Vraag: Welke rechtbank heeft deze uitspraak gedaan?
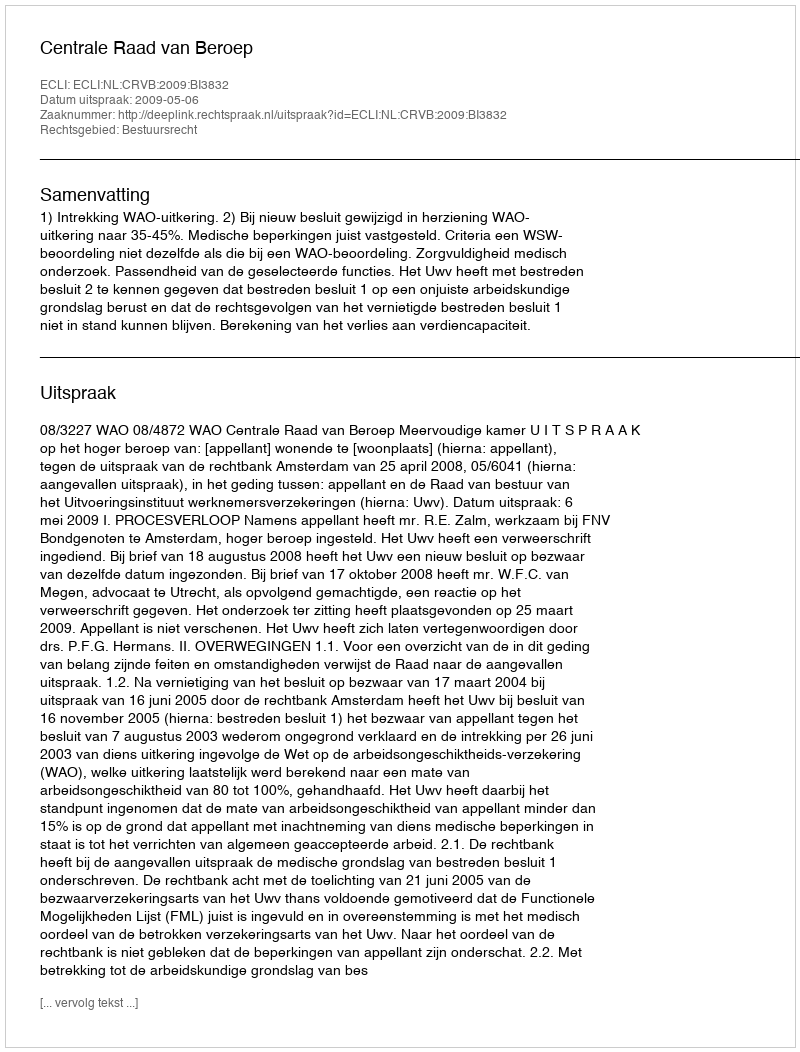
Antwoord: Centrale Raad van Beroep